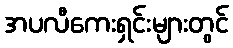
အပလီကေးရှင်းများတွင်